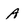
Character: A